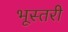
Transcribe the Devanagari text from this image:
भूस्तरी